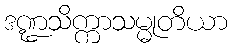
ဒဏ္ဍသိက္ကာသမ္မုတိယာ